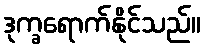
ဒုက္ခရောက်နိုင်သည်။